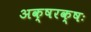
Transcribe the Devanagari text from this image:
अक्षरक्षः